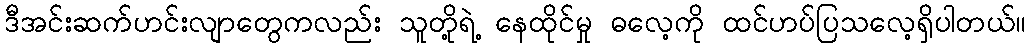
ဒီအင်းဆက်ဟင်းလျာတွေကလည်း သူတို့ရဲ့ နေထိုင်မှု ဓလေ့ကို ထင်ဟပ်ပြသလေ့ရှိပါတယ်။